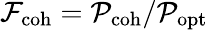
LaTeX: \mathcal{F}_{\mathrm{coh}}=\mathcal{P}_{\mathrm{coh}}/\mathcal{P}_{\mathrm{opt}}